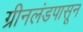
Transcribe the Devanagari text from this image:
ग्रीनलंडपासून